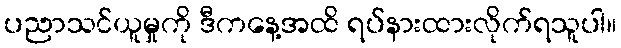
ပညာသင်ယူမှုကို ဒီကနေ့အထိ ရပ်နားထားလိုက်ရသူပါ။